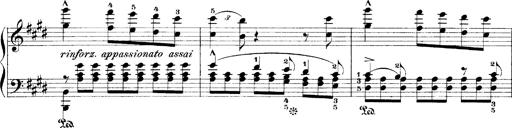
Title: LiebestrÃ¤ume
Composer: Franz Behr
Key: E-flat major